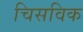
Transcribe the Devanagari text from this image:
चिसविक